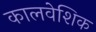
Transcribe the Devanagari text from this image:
कालवेशिक